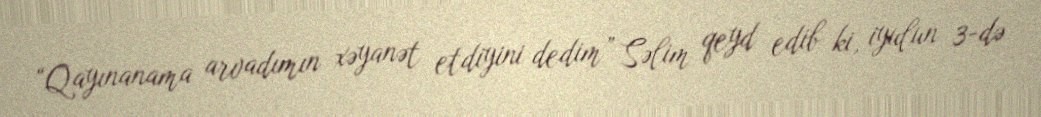
“Qayınanama arvadımın xəyanət etdiyini dedim” Səlim qeyd edib ki, iyulun 3-də